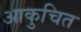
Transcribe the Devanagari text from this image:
आकुचित